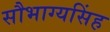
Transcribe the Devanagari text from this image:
सौभाग्यसिंह